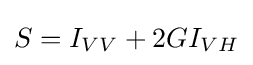
S={I_{VV}}+2G{I_{VH}}